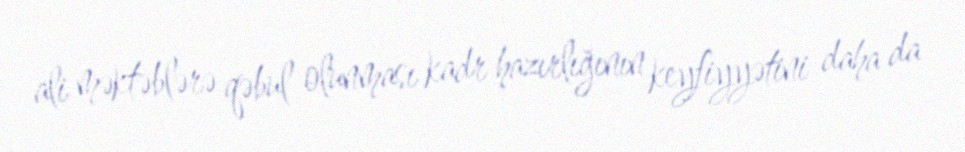
ali məktəblərə qəbul olunması kadr hazırlığının keyfiyyətini daha da